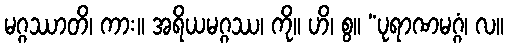
မဂ္ဂဿာတိ၊ ကား။ အရိယမဂ္ဂဿ၊ ကို။ ဟိ၊ စွ။ “ပုရာဏမဂ္ဂံ၊ လ။